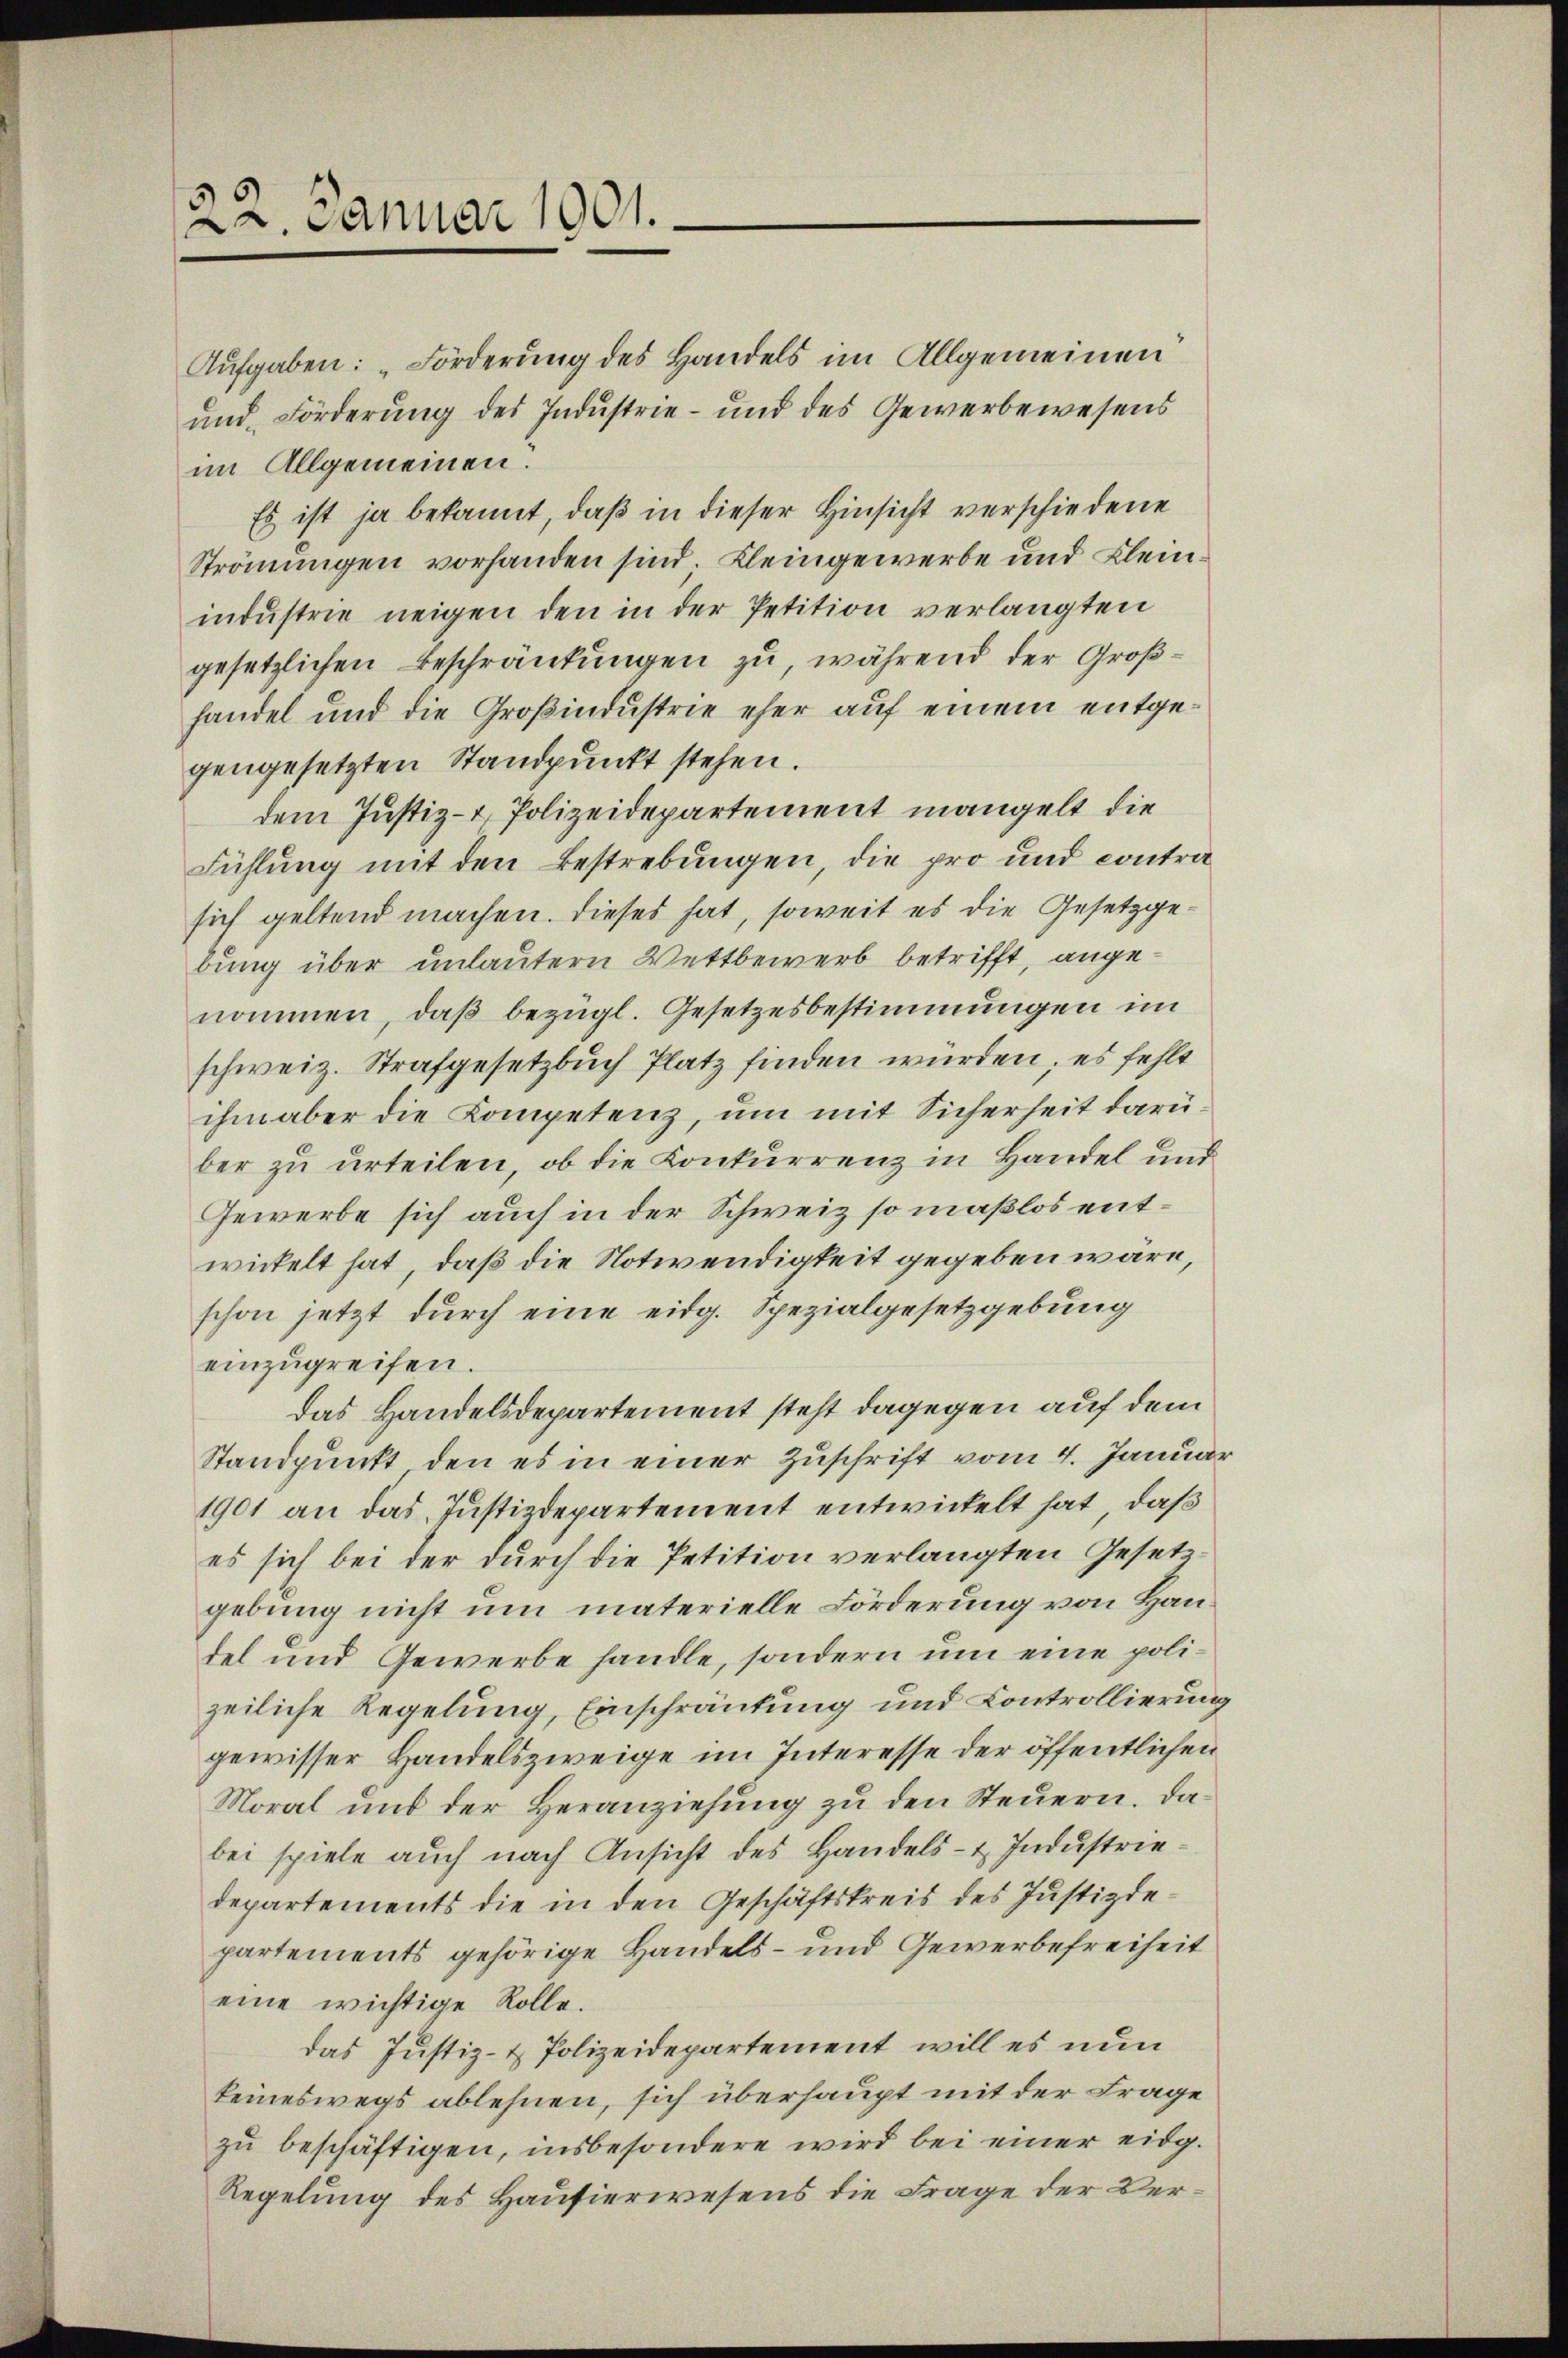
22. Januar 1901.

Aufgaben: „Förderung des Handels im Allgemeinen
und Förderung des Industrie- und des Gewerbewesens
im Allgemeinen.
Es ist ja bekannt, daß in dieser Hinsicht verschiedene
Strömungen vorhanden sind. Kleingewerbe und Kleinindustrie neigen den in der Petition verlangten
gesetzlichen Beschränkungen zu, während der Großhandel und die Großindustrie eher auf einem entgegengesetzten Standpunkt stehen.
dem Justiz- & Polizeidepartement mangelt die
Fühlung mit den Bestrebungen, die pro und contrasich geltend machen. Dieses hat, soweit es die Gesetzgebung über unlautern Wettbewerb betrifft, angenommen, daß bezügl. Gesetzesbestimmungen im
schweiz. Strafgesetzbuch Platz finden wurden; es fehlt
ihm aber die Kompetenz, um mit Sicherheit darü
ber zu urteilen, ob die Konkurrenz in Handel und
Gewerbe sich auch in der Schweiz so maßlos entwickelt hat, daß die Notwendigkeit gegeben wäre,
schon jetzt durch eine eidg. Spezialgesetzgebung
einzugreifen.
Das Handelsdepartement steht dagegen auf dem
Standpunkt, den es in einer Zuschrift vom 4. Januar
1901 an das Justizdepartement entwickelt hat, daß
es sich bei der durch die Petition verlangten Gesetzgebung nicht um materielle Förderung von Handel und Gewerbe handle, sondern um eine polizeiliche Regelung, Einschränkung und Controllierung
gewisser Handelszweige im Interesse der öffentlichen
Moral und der Veranziehŭng zŭ den Steŭern. Da
bei spiele auch nach Ansicht des Handels- u. Industriedepartements die in den Geschäftskreis des Justizdepartements gehörige Handels- und Gewerbefreiheit
eine wichtige Rolle.
das Justiz- & Polizeidepartement, will es nun
keineswegs ablehnen, sich überhaupt mit der Frage
zu beschäftigen, insbesondere wird bei einer eidg.
Regelung des Hausierwesens die Frage der Ver¬